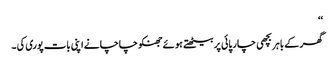
‘‘
گھر کے باہر بچھی چار پائی پر بیٹھتے ہوئے جھنکو چاچا نے اپنی بات پوری کی ۔